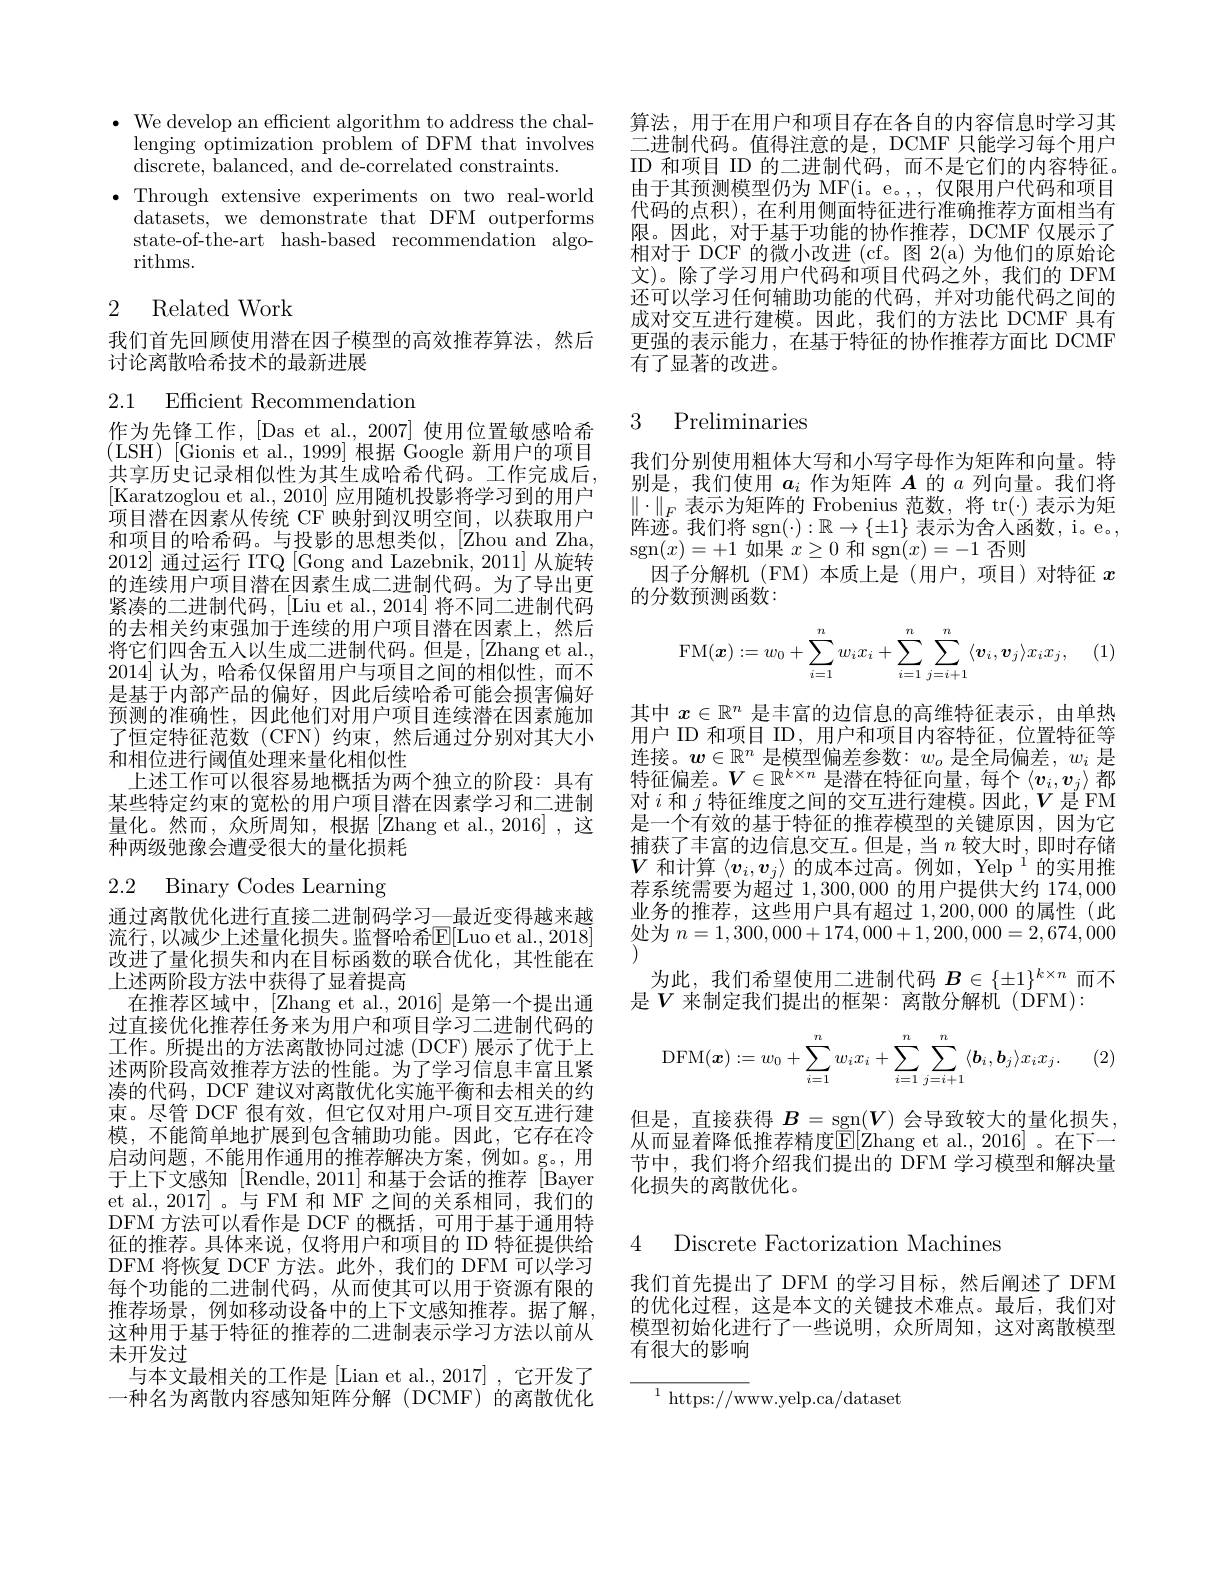
$\bullet$ We develop an efficient algorithm lenging optimization problem of DFM th discrete, balanced, and de-correlated
$\bullet$ Through extensive experiments on two real-world
datasets, we demonstrate that DFM outperforms state-of-the-art hash-based recommendation algorithms.

## 2 Related Work

我们首先回顾使用潜在因子模型的高效推荐算法，然后
讨论离散哈希技术的最新进展

2.1 Efficient Recommendation

作为先锋工作，[Das et al., 2007] 使用位置敏感哈希(LSH)[Gionis et al.,1999]根据 Google 新用户的项目共享历史记录相似性为其生成哈希代码。工作完成后， [Karatzoglou et al., 2010] 应用随机投影将学习到的用户项目潜在因素从传统 CF 映射到汉明空间，以获取用户和项目的哈希码。与投影的思想类似，[Zhou and Zha, 2012]通过运行 ITQ [Gong and Lazebnik, 的连续用户项目潜在因素生成二进制代码。为了导出更紧凑的二进制代码，[Liu et al., 2014] 将不同二进制代码的去相关约束强加于连续的用户项目潜在因素上，然后将它们四舍五人以生成二进制代码。但是，[ $Zhang et al. $, 2014] 认为，哈希仅保留用户与项目之间的相似性，而不是基于内部产品的偏好，因此后续哈希可能会损害偏好预测的准确性，因此他们对用户项目连续潜在因素施加了恒定特征范数(CFN)约束，然后通过分别对其大小和相位进行阈值处理来量化相似性
上述工作可以很容易地概括为两个独立的阶段：具有某些特定约束的宽松的用户项目潜在因素学习和二进制量化。然而，众所周知，根据[Zhang et al.,2016],这种两级弛豫会遭受很大的量化损耗

2.2 Binary Codes Learning

通过离散优化进行直接二进制码学习\_最近变得越来越流行，以减少上述量化损失。监督哈希$\mathbb{E}[$Luo et al., 20改进了量化损失和内在目标函数的联合优化，其性能在上述两阶段方法中获得了显着提高
在推荐区域中，[Zhang et al., 2016] 是第一个提出通过直接优化推荐任务来为用户和项目学习二进制代码的工作。所提出的方法离散协同过滤 (DCF) 展示了优于上述两阶段高效推荐方法的性能。为了学习信息丰富且紧凑的代码，DCF 建议对离散优化实施平衡和去相关的约束。尽管 DCF 很有效，但它仅对用户-项目交互进行建模，不能简单地扩展到包含辅助功能。因此，它存在冷启动问题，不能用作通用的推荐解决方案，例如。g。,用于上下文感知 [Rendle,2011] 和基于会话的推荐 [Bayen et al., 2017]。与 FM 和 MF 之间的关系相同，我们的DFM 方法可以看作是 DCF 的概括，可用于基于通用特征的推荐。具体来说，仅将用户和项目的 ID 特征提供给DFM 将恢复 DCF 方法。此外，我们的 DFM 可以学习每个功能的二进制代码，从而使其可以用于资源有限的推荐场景，例如移动设备中的上下文感知推荐。据了解， 这种用于基于特征的推荐的二进制表示学习方法以前从未开发过
与本文最相关的工作是 [Lian et al., 2017] , 它开发了一种名为离散内容感知矩阵分解(DCMF)的离散优化

算法，用于在用户和项目存在各自的内容信息时学习其二进制代码。值得注意的是，DCMF 只能学习每个用户ID 和项目 ID 的二进制代码，而不是它们的内容特征。由于其预测模型仍为 MF(i。e。,,仅限用户代码和项目代码的点积), 在利用侧面特征进行准确推荐方面相当有限。因此，对于基于功能的协作推荐，DCMF 仅展示了相对于 DCF 的微小改进 (cf。图 2(a)为他们的原始论文)。除了学习用户代码和项目代码之外，我们的 DFM 还可以学习任何辅助功能的代码，并对功能代码之间的成对交互进行建模。因此，我们的方法比 DCMF 具有更强的表示能力，在基于特征的协作推荐方面比 DCMF 有了显著的改进。

## 3 Preliminaries

我们分别使用粗体大写和小写字母作为矩阵和向量。特别是，我们使用$a_i$作为矩阵$A$的$a$列向量。我们将$\|\cdot\|_F$表示为矩阵的 Frobenius 范数，将 tr(\cdot) 表示阵迹。我们将 sgn$(\cdot):\mathbb{R}\to\{\pm1\}$表示为舍人函数，i。e。, sgn$(x)=+1$如果$x\geq0$和 sgn$(x)=-1$否则
因子分解机(FM)本质上是(用户，项目)对特征$x$
的分数预测函数：

(1)
$$\mathrm{FM}(\boldsymbol{x}):=w_0+\sum_{i=1}^nw_ix_i+\sum_{i=1}^n\sum_{j=i+1}^n\langle\boldsymbol{v}_i,\boldsymbol{v}_j\rangle x_ix_j,$$
其中$x\in\mathbb{R}^n$是丰富的边信息的高维特征表示，由单热用户 ID 和项目 ID, 用户和项目内容特征，位置特征等连接。$\boldsymbol{w}\in\mathbb{R}^n$是模型偏差参数：$w_o$是全局偏差，$w_i$是特征偏差。$V\in\mathbb{R}^{k\times n}$是潜在特征向量，每个$\left\langle v_i,v_j\right\rangle$都对$i$和$j$特征维度之间的交互进行建模。因此$,V$是 FM 是一个有效的基于特征的推荐模型的关键原因，因为它捕获了丰富的边信息交互。但是，当$n$较大时，即时存储$V$和计算$\langle v_i,v_j\rangle$的成本过高。例如，Yelp $^1$ 荐系统需要为超过1，300,000的用户提供大约 174,000业务的推荐，这些用户具有超过1，200,000的属性(此处为$n=1,300,000+174,000+1,200,000=2,67$ $\left(\frac{1}{2}\right)$
为此，我们希望使用二进制代码$B\in\{\pm1\}^k\times n$而不
$是$V$ 来制定我们提出的框架：离散分解机(\'{D}FM):$

(2)
$$\mathrm{DFM}(\boldsymbol{x}):=w_0+\sum_{i=1}^nw_ix_i+\sum_{i=1}^n\sum_{j=i+1}^n\langle\boldsymbol{b}_i,\boldsymbol{b}_j\rangle x_ix_j.$$
但是，直接获得 $B=\operatorname{sgn}(V)$ 会导致较大的量化损失， 从而显着降低推荐精度$\mathbb{E}[\mathbb{Z}$hang et al., 2016节中，我们将介绍我们提出的 DFM 学习模型和解决量化损失的离散优化。

4 Discrete Factorization Machines

我们首先提出了 DFM 的学习目标，然后阐述了 DFM 的优化过程，这是本文的关键技术难点。最后，我们对模型初始化进行了一些说明，众所周知，这对离散模型有很大的影响

${{{{{}^{1}~https://w}}}}$ww.yelp.ca/dataset